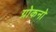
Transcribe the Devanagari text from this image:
ग्रोकनो